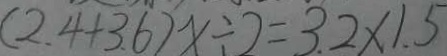
( 2 . 4 + 3 . 6 ) x \div 2 = 3 . 2 \times 1 . 5